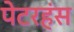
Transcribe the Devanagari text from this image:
पेटरहंस